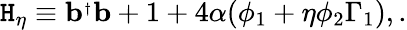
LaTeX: \mathtt{H}_{\eta}\equiv{\mathbf{b}}^{_{\dagger}}{\mathbf{b}}+1+4\alpha(\phi_{1}+\eta\phi_{2}\Gamma_{1}),.